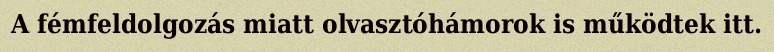
A fémfeldolgozás miatt olvasztóhámorok is működtek itt.